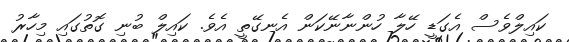
ކައިލްވެސް އެގަޑީ ހޭލާ ހުންނާނޭކަން އެނގޭތީ އެވެ. ކައިލް ބުނި ގޮތުގައި މިހާރު